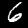
Label: 6